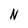
Character: N